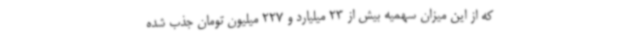
که از این میزان سهمیه بیش از 23 میلیارد و 227 میلیون تومان جذب شده